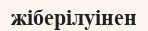
жіберілуінен